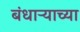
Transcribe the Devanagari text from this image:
बंधाऱ्याच्या